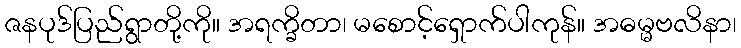
ဇနပုဒ်ပြည်ရွာတို့ကို။ အရက္ခိတာ၊ မစောင့်ရှောက်ပါကုန်။ အဓမ္မဗလိနာ၊